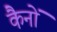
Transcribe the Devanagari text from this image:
कैनों